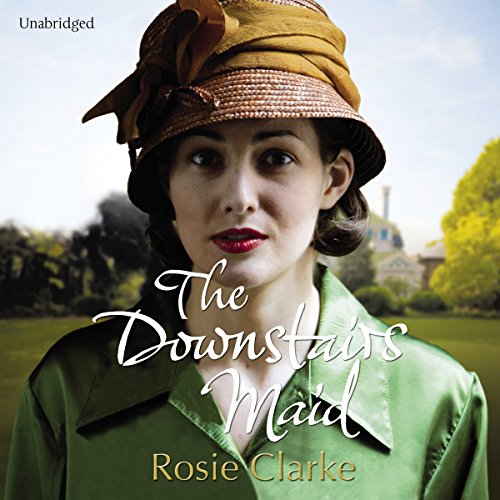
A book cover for The Downstairs Maid; Rosie Clarke; Romance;